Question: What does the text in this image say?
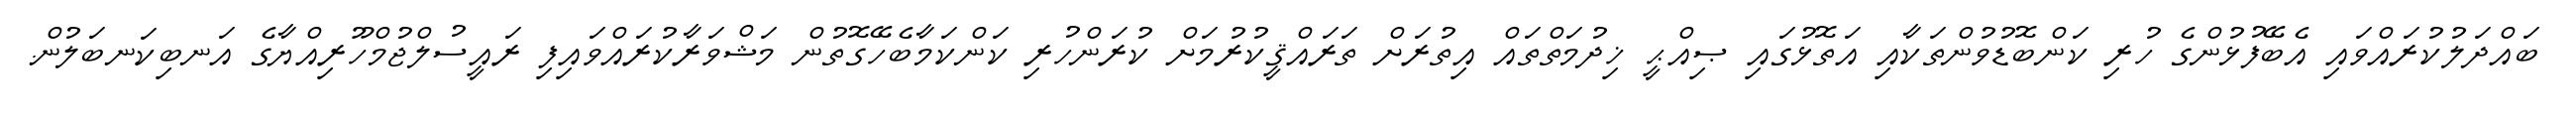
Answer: ބައްދަލުކުރައްވައި އެބޭފުޅުންގެ ހުރި ކަންބޮޑުވުންތަކާއި އަތޮޅުގައި ޞިއްޙީ ޚިދުމަތްތައް އިތުރަށް ތަރައްޤީކުރުމަށް ކުރަންހުރި ކަންކަމާބެހޭގޮތުން މަޝްވަރާކުރައްވައިފި ރައީސުލްޖުމްހޫރިއްޔާގެ އަނބިކަނބަލުން.